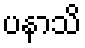
ပနာသိ